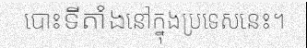
បោះទីតាំងនៅក្នុងប្រទេសនេះ។